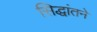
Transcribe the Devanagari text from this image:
सिद्धांतने